Indian Medical Review
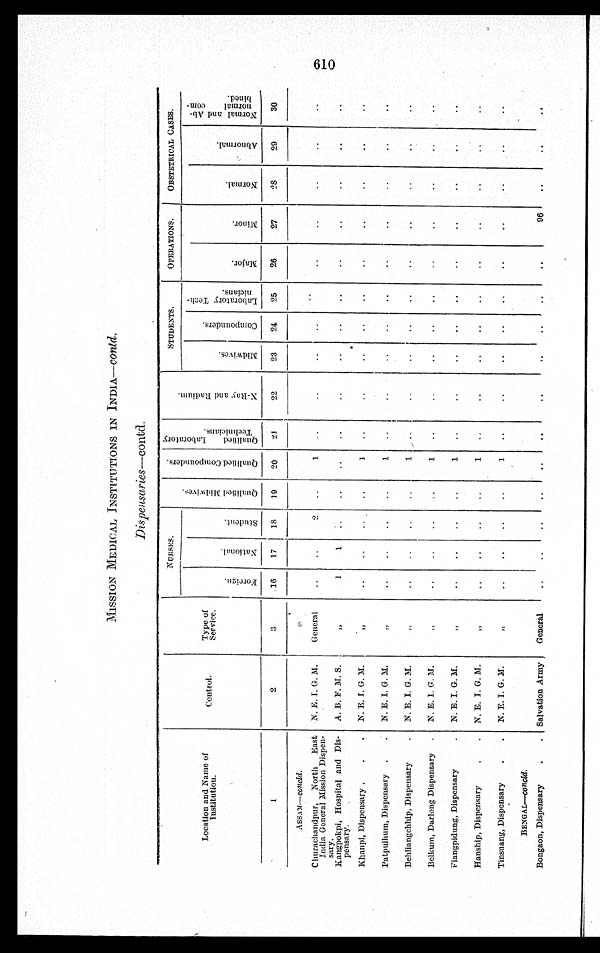
MISSION MEDICAL INSTITUTIONS IN INDIA— Contd .
Dispensaries—contd.
Location and Name of
Institution.
Control.
Type of
Service.
NURSES.
Q u a l i f i e d M i d w a v e s .
Q u a l i f i e d C o m p o u n d e r s . Q u a l i f i e d L a b o r a t o r y T e c h n i c i a n s .
X - r a y a n d R a d i u m .
STUDENTS.
OPERATIONS.
OBSTETRICAL CASES.
F o r e i g n .
N a t i o n a l .
S t u d e n t .
M i d w a v e s .
C o m p o u n d e r s . L a b o a t o r y T e c h -
n i c i a n s .
M a j o r
M i n o r .
N o r m a l .
A b n o r m a l .
N o r m a l a n d A b n o r m a l c o m -
b i n e d .
1
2
3
16
17
18
19
20
21
22
23
24
25
26
27
2 8 29
30
ASSAM—C o n c l d.
Churachandpur, North East
India General Mission Dispen-
sary.
N. E. I. G. M.
General
2
1
Kangpokpi, Hospital and Dis-
pensary.
A. B. F. M. S.
,,
1
1
Khanpi, Dispensary
N. E. I. G. M.
,,
Patpuihum, Dispensary
N. E. I. G. M.
,,
1
Behliangchip, Dispensary
N. E. I. G. M
,,
1
Belkum, Darlong Dispensary
I N. E. I. G M.
,,
1
Fiangpidung, Dispensary
N. E. I. G. M.
,,
1
Hanship, Dispensary
N. E. I. G. M.
,,
Tinsuang, Dispensary
N. E. I. G. M.
,,
1
BENGAL—c o n c l d .
Bongaon, Dispensary
Salvation Army General
96